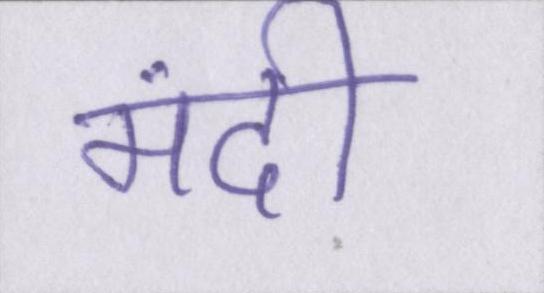
मंदी